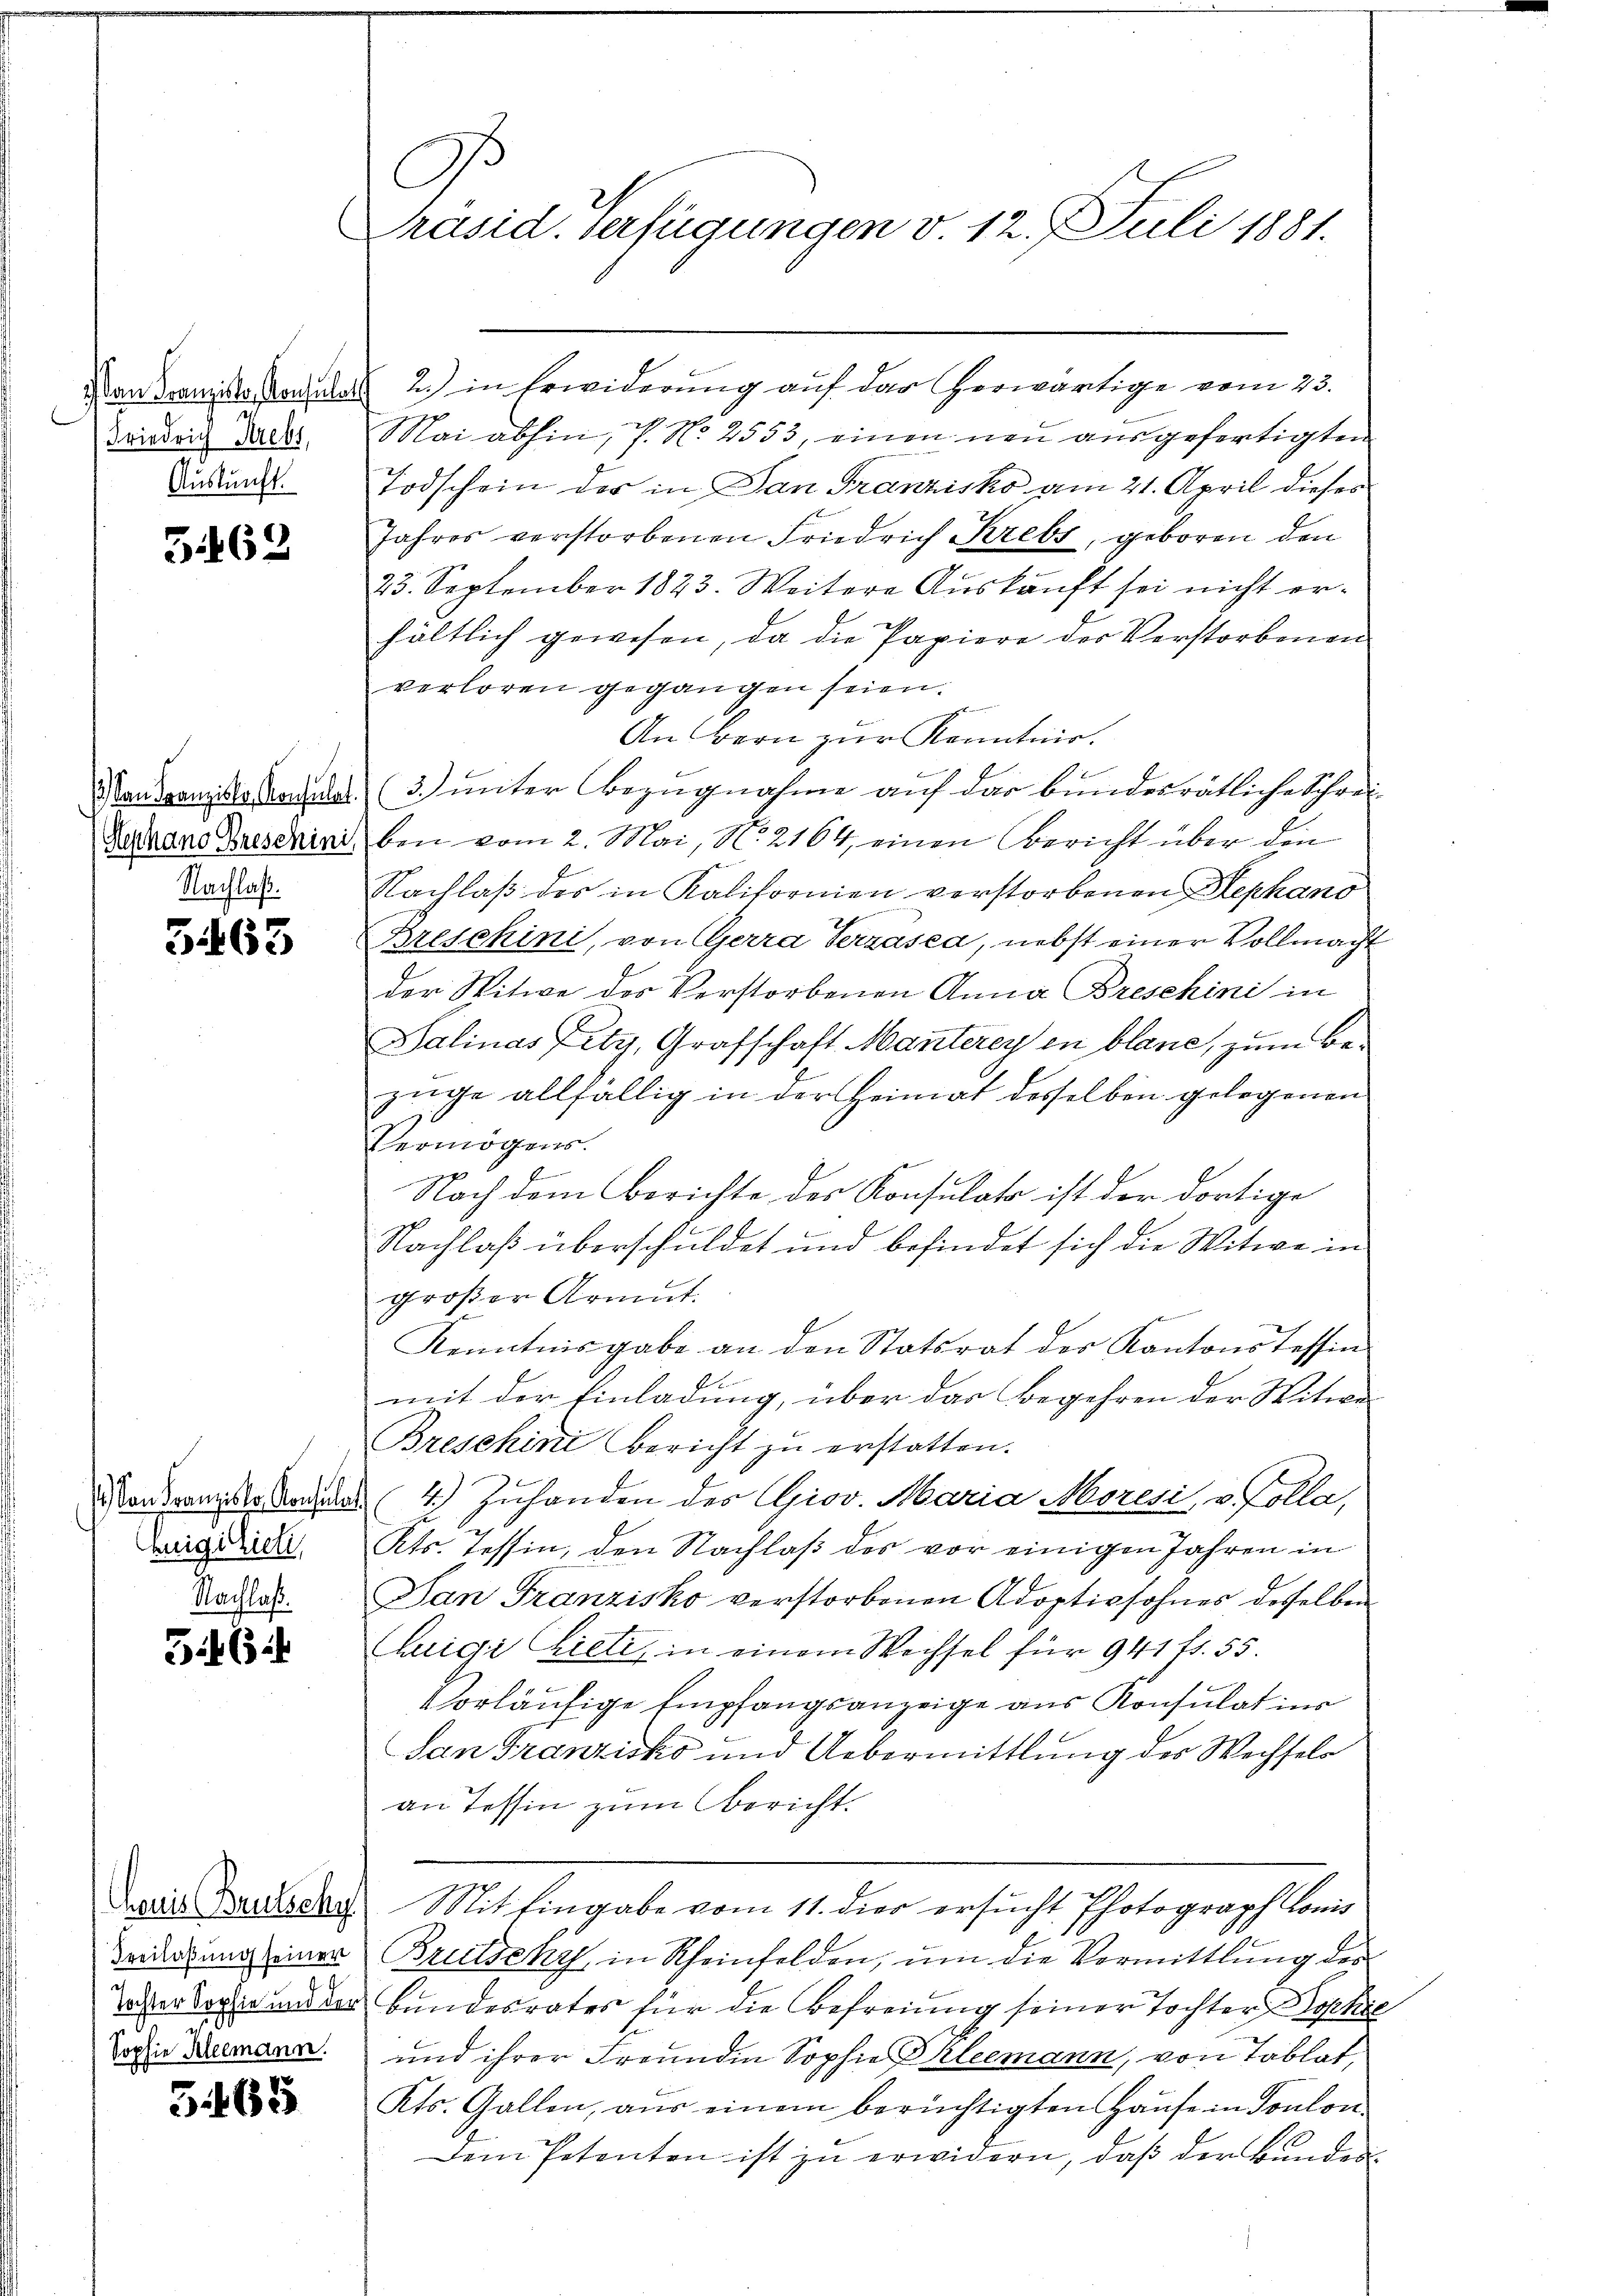
) an Franziska, Consulat
Friedrich Krebs,
Auskunft.

G.162

1.) Dann Franziska Konsulat.
Stephano Breschini
Nachlaß.

3463

) Von Franzisko. Konsulat
eigizielt,
Nachlaß.

56

heuis Brutschy
Freilaßung seiner
Tochter Sophie und der
Sophie Kleemann.

5465

C
Präsid. Verfügungen d. 12. Juli 1881.

2.) in Erwiderung auf das herwärtige vom 23.
Mai abhin, P. N. 2553, einen neu ausgefertigten
Todschein der in Dan Franzisko am 21. April dieses
Jahres verstorbenen Friedrich Krebs, geboren den
23. September 1823. Weitere Auskauft sei nicht erhältlich gewesen, da die Papiere der Verstorbenen
verloren gegangen seien.
g
An Bern zur Kenntnis.
3.) unter Bezugnahme auf das bundesrätliche Schrei-
ben vom 2. Mai, N. 2164, einen Bericht über den
Nachlaß des in Kalifornien verstorbenen Hephano
Breschini, von Gerra terzásea, nebst einer Vollmacht
der Witwe des Verstorbenen Anna Breschini in
Salinas Fety, Grafschaft Manterey in blanc, zum Be-
züge allfällig in der Heimat desselben gelegenen
ermögens.
Nach dem Berichte des Konsulats ist der dortige
Nachlaß überschuldet und befindet sich die Witwe in
großer Armut
Kenntnisgabe an den Statsrat des Kantons Tessin
mit der Einladung, über das Begehren der Witwe
Breschini bericht zu erstatten.
4.) Zuhanden des Giov. Maria Moresi, v. Kolla,
kts. Tessin, den Nachlaß des vor einigen Jahren in
San Franzisko verstorbenen Adoptivsohnes desselben
Luigi hieli, in einem Wechsel für 941 ff. 55.
vorläufige Empfangsanzeige aus Konsulat ins
San Franzisko und Uebermittlung des Wechselr
an Tessin zum Bericht.
Mit Eingabe vom 11. dies ersucht Photograph Lonis
Brutzeky, in Rheinfelden, um die Vormittlung des
bundesrates für die Befreiung seiner Tochter Sophie
und ihrer Freunden Sophie Phleemann, von Tablat,
Kts. Gallen, aus einem berüchtigten Haŭse in Toulon.
Dem Petenten ist zu erwidern, daβ der Bŭnden